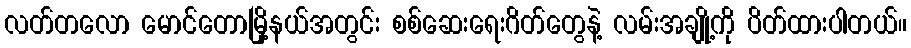
လတ်တလော မောင်တောမြို့နယ်အတွင်း စစ်ဆေးရေးဂိတ်တွေနဲ့ လမ်းအချို့ကို ပိတ်ထားပါတယ်။